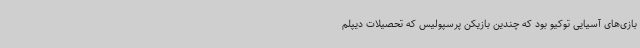
بازی‌های آسیایی توکیو بود که چندین بازیکن پرسپولیس که تحصیلات دیپلم